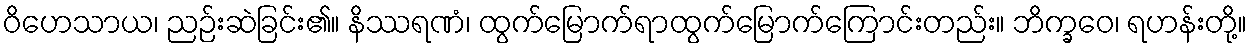
ဝိဟေသာယ၊ ညဉ်းဆဲခြင်း၏။ နိဿရဏံ၊ ထွက်မြောက်ရာထွက်မြောက်ကြောင်းတည်း။ ဘိက္ခဝေ၊ ရဟန်းတို့။